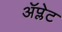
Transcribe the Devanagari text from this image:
ॲप्लेट